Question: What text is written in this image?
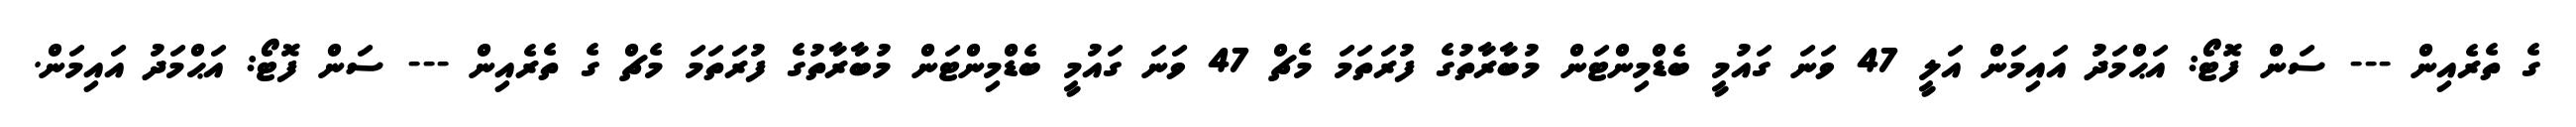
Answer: ގެ ތެރެއިން --- ސަން ފޮޓޯ: އަޙްމަދު އައިމަން އަލީ 47 ވަނަ ގައުމީ ބެޑްމިންޓަން މުބާރާތުގެ ފުރަތަމަ މެޗް 47 ވަނަ ގައުމީ ބެޑްމިންޓަން މުބާރާތުގެ ފުރަތަމަ މެޗް ގެ ތެރެއިން --- ސަން ފޮޓޯ: އަޙްމަދު އައިމަން.